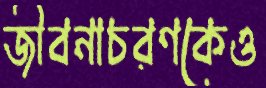
জীবনাচরণকেও